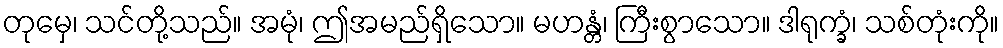
တုမှေ၊ သင်တို့သည်။ အမုံ၊ ဤအမည်ရှိသော။ မဟန္တံ၊ ကြီးစွာသော။ ဒါရုက္ခံ၊ သစ်တုံးကို။